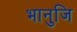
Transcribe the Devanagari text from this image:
भानुजि